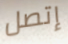
إتصل